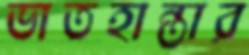
ভাতহান্তার